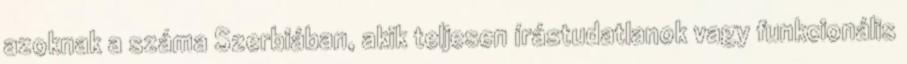
azoknak a száma Szerbiában, akik teljesen írástudatlanok vagy funkcionális